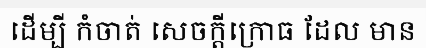
ដើម្បី កំចាត់ សេចក្តីក្រោធ ដែល មាន